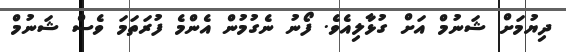
ދިޔުމަށް ޝަނުމް އަށް ގުޅާލިއެވެ. ފޯނު ނެގުމުން އެންމެ ފުރަތަމަ ވެސް ޝަނުމް